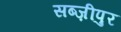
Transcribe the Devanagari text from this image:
सब्ज़ीपुर